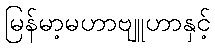
မြန်မာ့မဟာဗျူဟာနှင့်